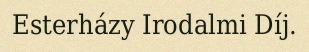
Esterházy Irodalmi Díj.